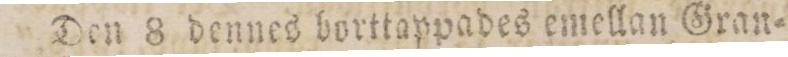
Den 8 dennes borttappades emellan Gran=